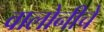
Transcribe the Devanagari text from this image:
वालोनीचे